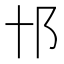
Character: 𨙩